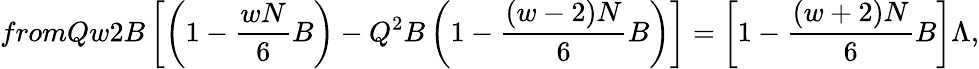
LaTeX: fromQw2B\left[\left(1-\frac{wN}{6}B\right)-Q^{2}B\left(1-\frac{(w-2)N}{6}B\right)\right]=\left[1-\frac{(w+2)N}{6}B\right]\Lambda,